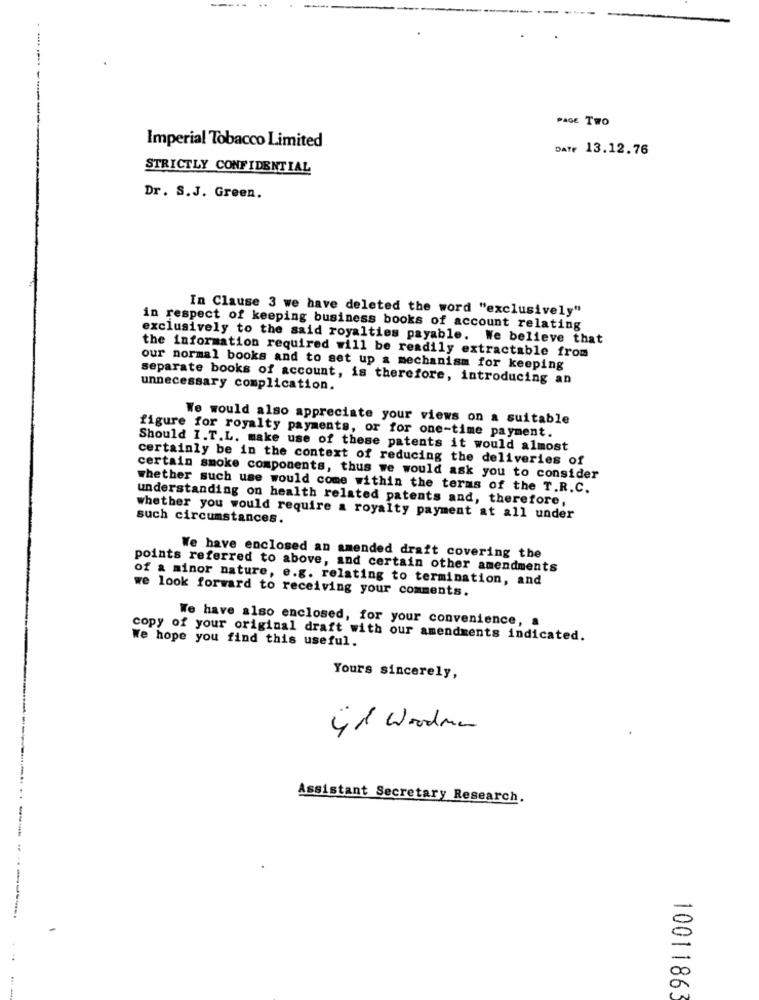
----- -
-----
PAGE TWO
Imperial Tobacco Limited
DATE 13.12.76
STRICTLY CONFIDENTIAL
Dr. S.J. Green.
In Clause 3 we have deleted the word "exclusively"
in respect of keeping business books of account relating
exclusively to the said royalties payable. We believe that
the information required will be readily extractable from
our normal books and to set up a mechanism for keeping
separate books of account, is therefore, introducing an
unnecessary complication.
We would also appreciate your views on a suitable
figure for royalty payments, or for one-time payment.
Should I.T.L. make use of these patents it would almost
certainly be in the context of reducing the deliveries of
certain smoke components, thus we would ask you to consider
whether such use would come within the terms of the T.R.C.
understanding on health related patents and, therefore,
such circumstances.
whether you would require a royalty payment at all under
We have enclosed an amended drait covering the
points referred to above, and certain other amendments
of a minor nature, e.g. relating to termination, and
we look forward to receiving your comments.
We have also enclosed, for your convenience, a
We hope you find this useful.
copy of your original draft with our amendments indicated.
Yours sincerely,
41 Woodner
Assistant Secretary Research.
10011863